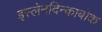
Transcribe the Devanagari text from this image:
इस्लेनदिन्काबोक